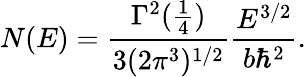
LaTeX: N(E)={\frac{\Gamma^{2}({\frac{1}{4}})}{3(2\pi^{3})^{1/2}}}{\frac{E^{3/2}}{b\hbar^{2}}}.